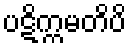
ပဋိက္ကမတိပိ